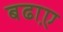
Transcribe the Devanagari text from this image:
बढा़ए